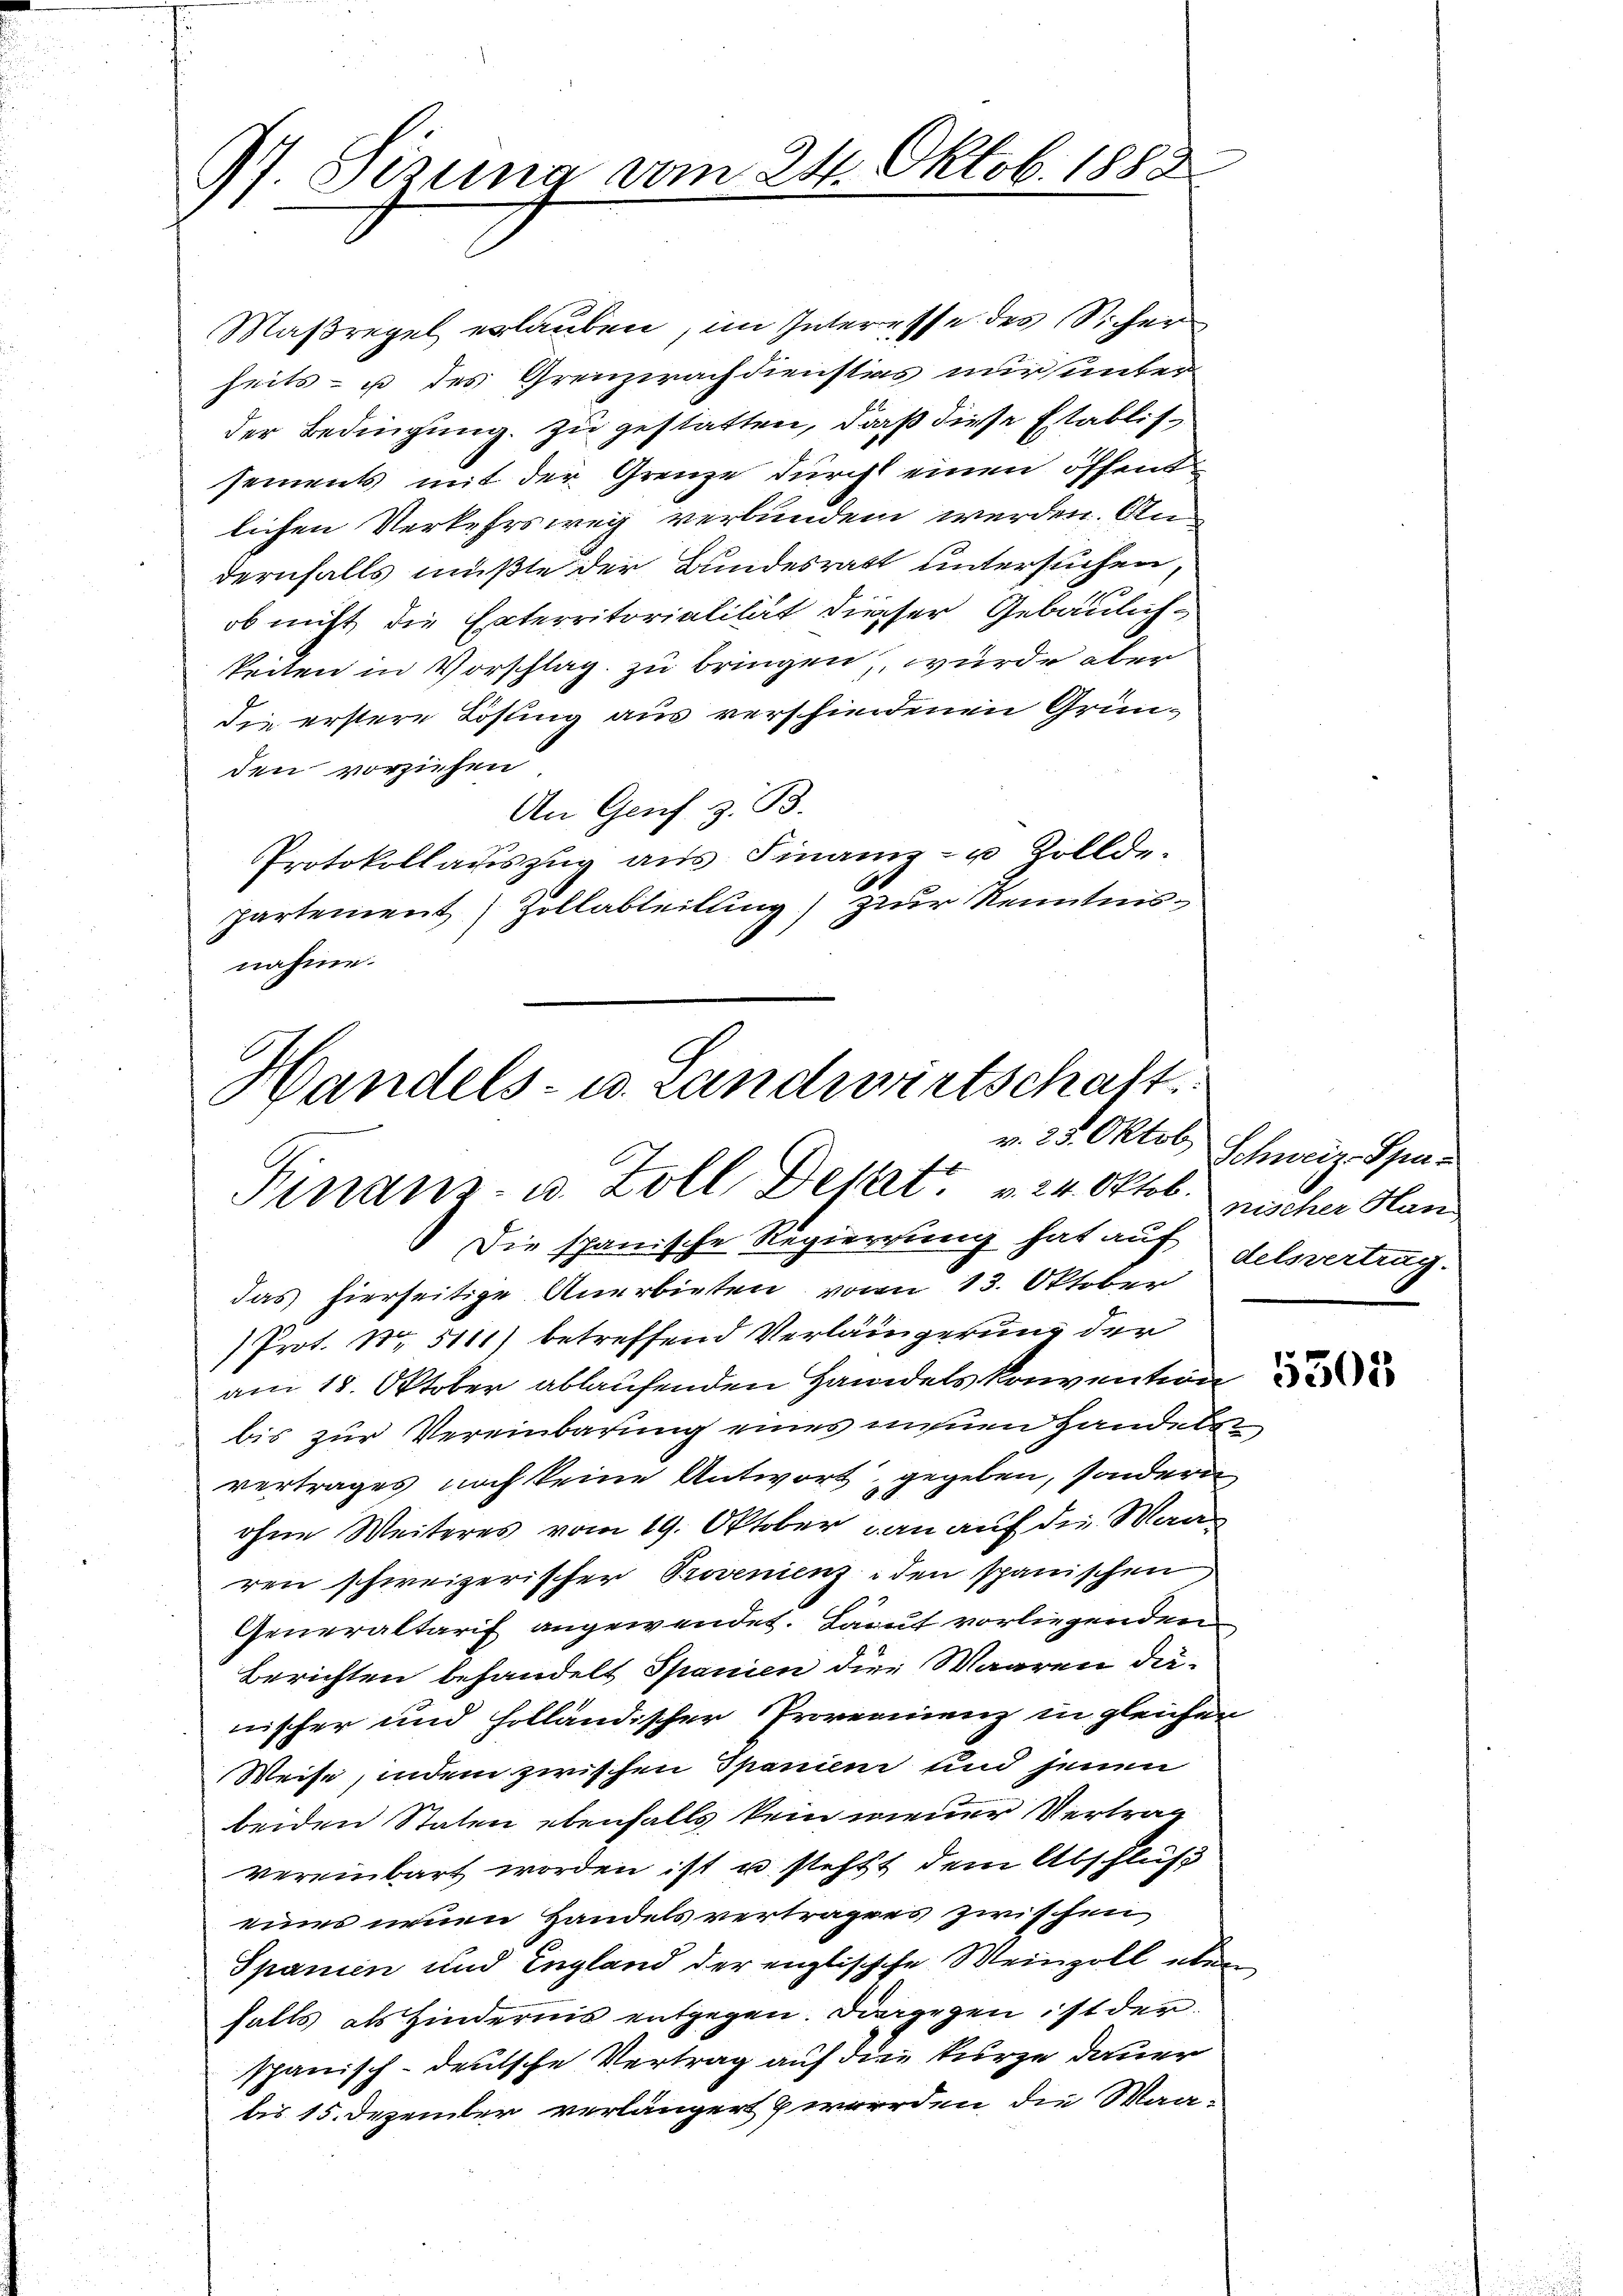
1 Sizung vom 24. Oktob. 1888
9.

Maßregel erlauben, im Interesse des Sicher
heits- u. des Grenzwachdienstes nur unter
der Bedingung zu gestatten, daß diese Etablissements mit der Grenze durch einen öffent
lichen Verkehrsweg verbunden werden. An
dernfalls mußte der Bundesrath untersuchen,
ob nicht die Enterritorialität diesser Gebäulichkeiten in Vorschlag zu bringen, wurde aber
die erstere Lösung aus verschiedenen Gründen vorziehen
An Genf z. B.
Protokollauszug aus Finanz- u Zollde-
partement Zollabteilung) zur Kenntnisnahme.

Handels- u. Landwirtschaft
Finanz- u. Zoll Delat v. 24. Oktob.

Die spanische Regierung hat auf delsvertrag.
das hierseitige Anerbieten von 13. Oktober
Prot. Nr. 5111) betreffend Verlängerung der
am 18. Oktober ablaufenden Handels konvention
bis zur Vereinbarung eines neuen Handels
vertrages noch keine Antwort, gegeben, sondern
ohne Weiteres vom 19. Oktober an auf die Wanren schweizerischer Provenienz, den spanischen
Generaltarif angewendet. Lauf vorliegenden
Berichten behandelt Spanien die Waaren dä-
nischer und holländischer Prorennenz in gleichen
Weise, indem zwischen Spanien und jenen
beiden Staten ebenfalls kein neuer Vertrag
vereinbart worden ist u. steht dem Abschluß
eines neuen Handelsvertragens zwischen
Spanien und England der englische Weinzoll über
falls als Hindernis entgegen. Diergegen ist der
spanisch-deutsche Vertrag auf die kurze dauer
bis 15. Dezember verlängert werden die Maa-

v. 25. Oktob Schweiz. Spas
nischer Han

5301